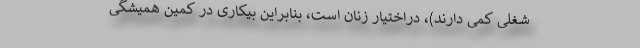
شغلی کمی دارند)، دراختیار زنان است، بنابراین بیکاری در کمین همیشگی